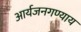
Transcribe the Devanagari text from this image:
आर्यजनगण्याय